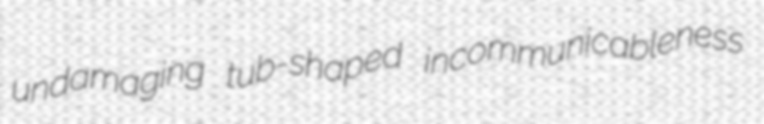
undamaging tub-shaped incommunicableness